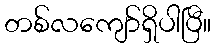
တစ်လကျော်ရှိပါပြီ။